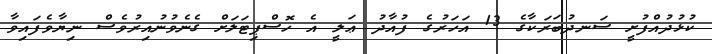
ކުޅުދުއްފުށީ ސަނދުބަރަކާގެ 13 އަހަރުގެ ފުއާދު ޢަލީ އެ ހޮސްޕިޓަލަށް ގެނެވުނުއިރުވެސް ނިޔާވެފައިވާ